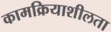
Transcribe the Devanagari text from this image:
कामक्रियाशीलता